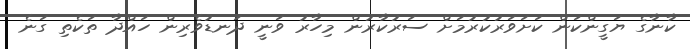
ކާނާގެ ޔަގީންކަން ކަށަވަރުކުރުމަށް ސަރުކާރުން މިހާރު ވަނީ ދަނޑުވެރިން ހައްދާ ތަކެތި ގަނެ